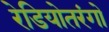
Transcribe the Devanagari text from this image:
रेडियोतरंगो